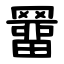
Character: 羀